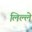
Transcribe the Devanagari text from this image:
लिल्ले